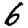
Digit: 6